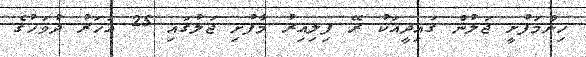
ހިންމަފުށީ ޖަލުން ގައިދީއަކު ރޭ ފިލިއިރު މާފުށި ޖަލުގައި 25 އަހަރު ދުވަހުގެ